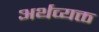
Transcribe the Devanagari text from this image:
अर्थव्यक्त